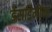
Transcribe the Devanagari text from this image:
डेसडिमोना